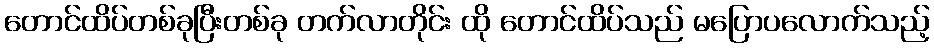
တောင်ထိပ်တစ်ခုပြီးတစ်ခု တက်လာတိုင်း ထို တောင်ထိပ်သည် မပြောပလောက်သည့်